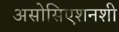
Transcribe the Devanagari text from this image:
असोसिएशनशी